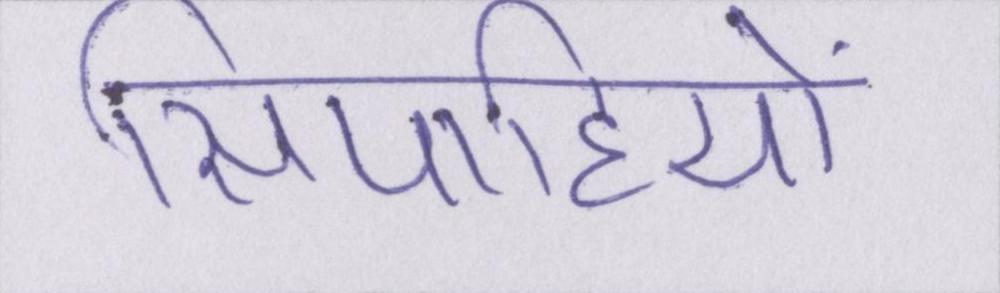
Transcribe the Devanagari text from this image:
सिपाहियों